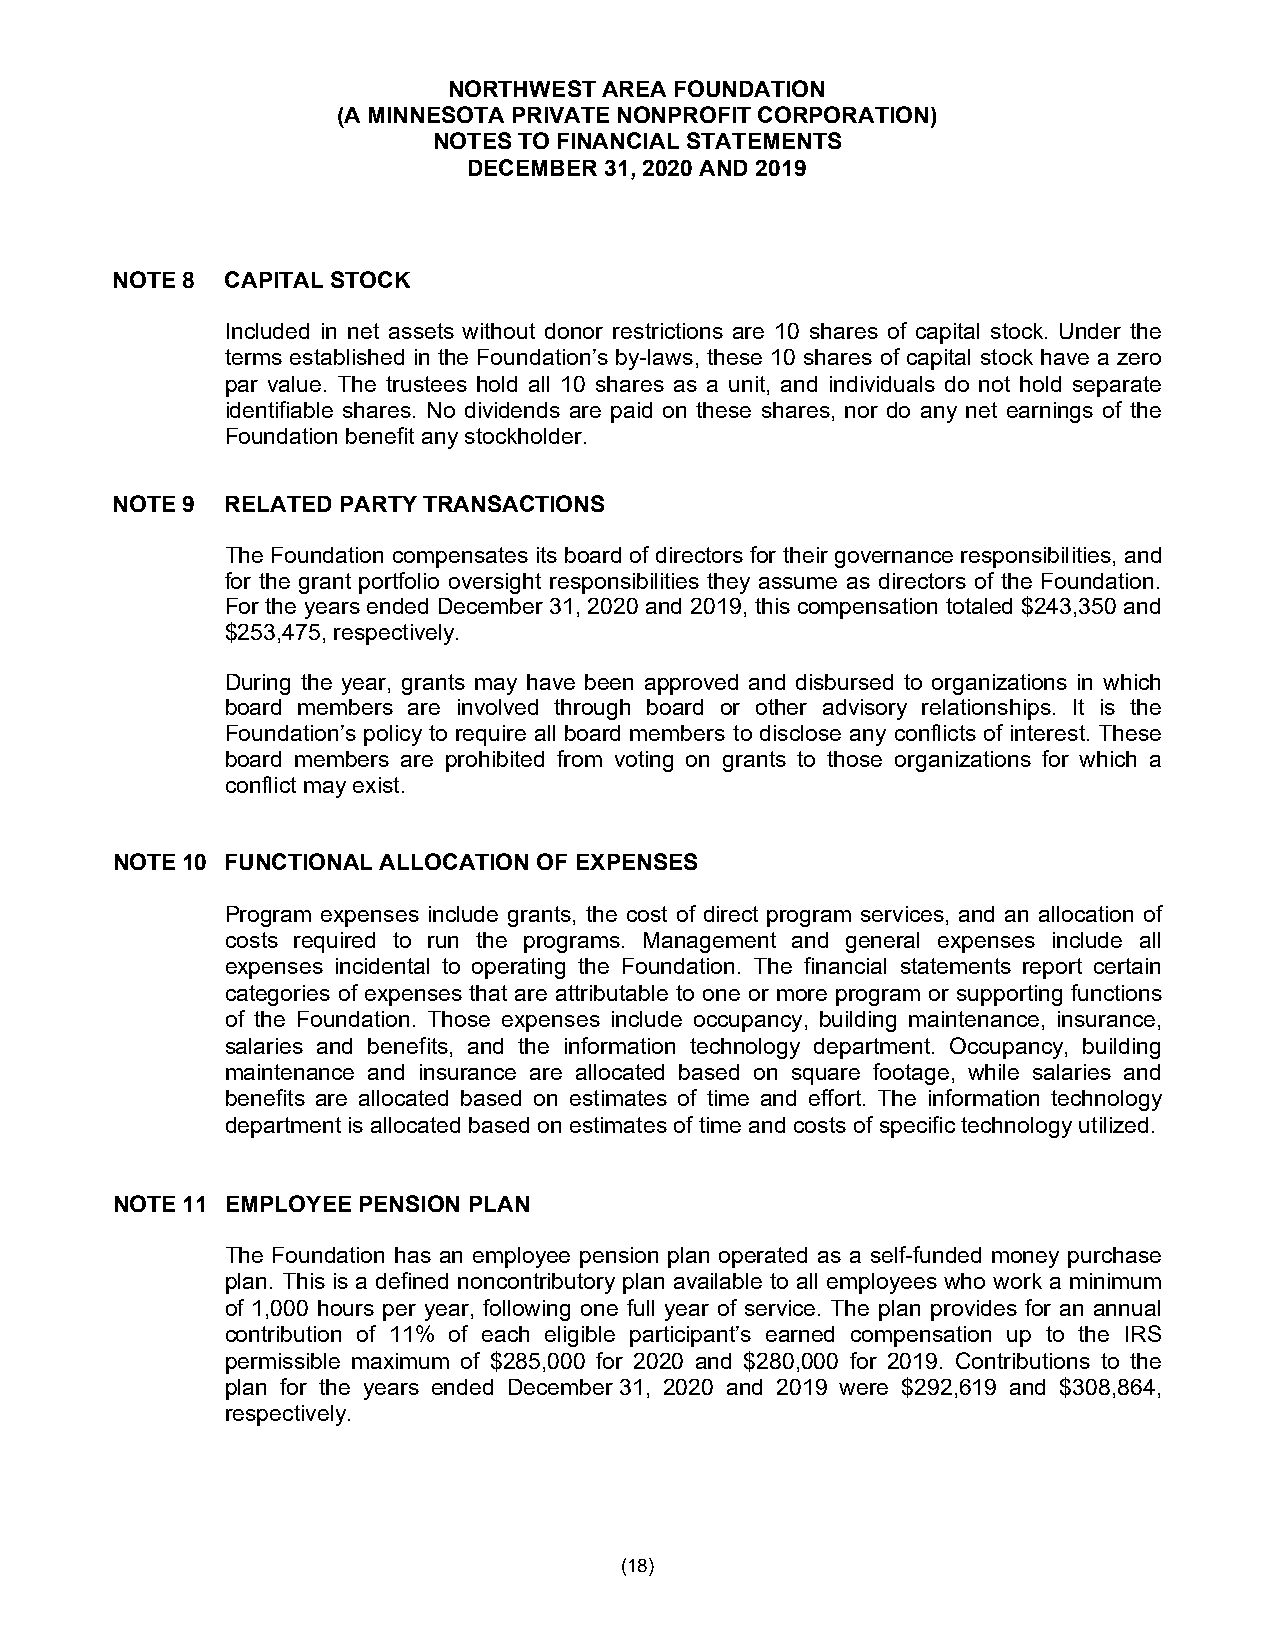
NORTHWEST AREA FOUNDATION
 (A MINNESOTA PRIVATE NONPROFIT CORPORATION)
 NOTES TO FINANCIAL STATEMENTS
 DECEMBER 31, 2020 AND 2019
 NOTE 8  CAPITAL STOCK
 Included in net assets without donor restrictions are 10 shares of capital stock. Under the
 terms established in the Foundation’s by-laws, these 10 shares of capital stock have a zero
 par value. The trustees hold all 10 shares as a unit, and individuals do not hold separate
 identifiable shares. No dividends are paid on these shares, nor do any net earnings of the
 Foundation benefit any stockholder.
 NOTE 9  RELATED PARTY TRANSACTIONS
 The Foundation compensates its board of directors for their governance responsibilities, and
 for the grant portfolio oversight responsibilities they assume as directors of the Foundation.
 For the years ended December 31, 2020 and 2019, this compensation totaled $243,350 and
 $253,475, respectively.
 During the year, grants may have been approved and disbursed to organizations in which
 board members are involved through board or other advisory relationships. It is the
 Foundation’s policy to require all board members to disclose any conflicts of interest. These
 board members are prohibited from voting on grants to those organizations for which a
 conflict may exist.
 NOTE 10 FUNCTIONAL ALLOCATION OF EXPENSES
 Program expenses include grants, the cost of direct program services, and an allocation of
 costs required to run the programs. Management and general expenses include all
 expenses incidental to operating the Foundation. The financial statements report certain
 categories of expenses that are attributable to one or more program or supporting functions
 of the Foundation. Those expenses include occupancy, building maintenance, insurance,
 salaries and benefits, and the information technology department. Occupancy, building
 maintenance and insurance are allocated based on square footage, while salaries and
 benefits are allocated based on estimates of time and effort. The information technology
 department is allocated based on estimates of time and costs of specific technology utilized.
 NOTE 11 EMPLOYEE PENSION PLAN
 The Foundation has an employee pension plan operated as a self-funded money purchase
 plan. This is a defined noncontributory plan available to all employees who work a minimum
 of 1,000 hours per year, following one full year of service. The plan provides for an annual
 contribution of 11% of each eligible participant’s earned compensation up to the IRS
 permissible maximum of $285,000 for 2020 and $280,000 for 2019. Contributions to the
 plan for the years ended December 31, 2020 and 2019 were $292,619 and $308,864,
 respectively.
 (18)